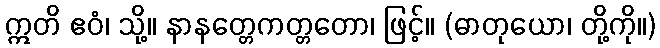
ဣတိ ဧဝံ၊ သို့။ နာနတ္တေကတ္တတော၊ ဖြင့်။ (ဓာတုယော၊ တို့ကို။)